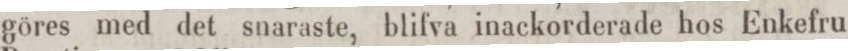
göres med det snaraste, blifva inackorderade hos Enkefru